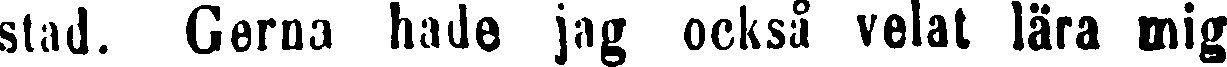
stad. Gerna hade jag också velat lära mig